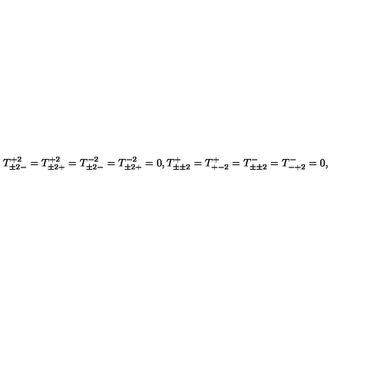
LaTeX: T _ { \pm 2 - } ^ { + 2 } = T _ { \pm 2 + } ^ { + 2 } = T _ { \pm 2 - } ^ { - 2 } = T _ { \pm 2 + } ^ { - 2 } = 0 , T _ { \pm \pm 2 } ^ { + } = T _ { + - 2 } ^ { + } = T _ { \pm \pm 2 } ^ { - } = T _ { - + 2 } ^ { - } = 0 ,